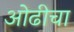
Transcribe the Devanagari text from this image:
ओढीचा